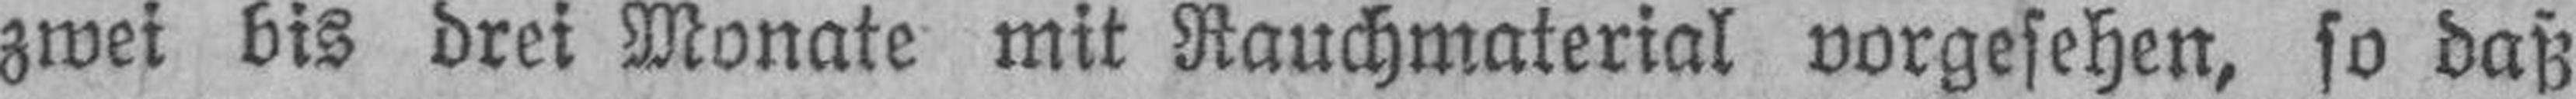
zwei bis drei Monate mit Rauchmaterial vorgesehen, so daß